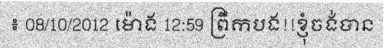
៖ 08/10/2012 ម៉ោង 12:59 ព្រឹកបង!!ខ្ញុំចង់បាន